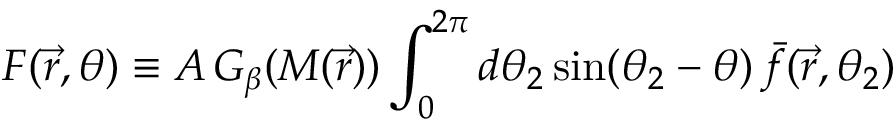
F ( \vec { r } , \theta ) \equiv A \, G _ { \beta } ( M ( \vec { r } ) ) \int _ { 0 } ^ { 2 \pi } d \theta _ { 2 } \, \mathrm { s i n } ( \theta _ { 2 } - \theta ) \, \bar { f } ( \vec { r } , \theta _ { 2 } )